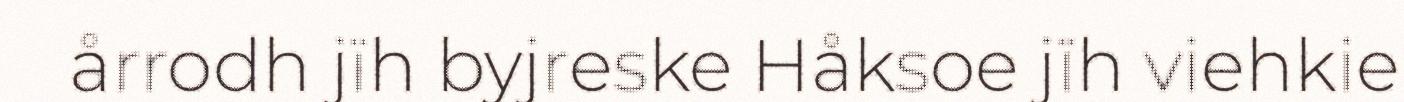
årrodh jïh byjreske Håksoe jïh viehkie